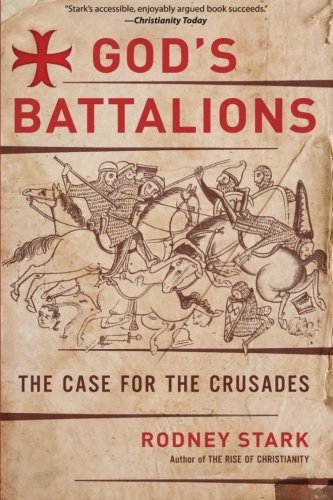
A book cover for God's Battalions: The Case for the Crusades; Rodney Stark; History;